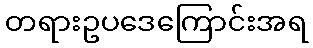
တရားဥပဒေကြောင်းအရ